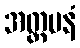
အတ္တမနံ